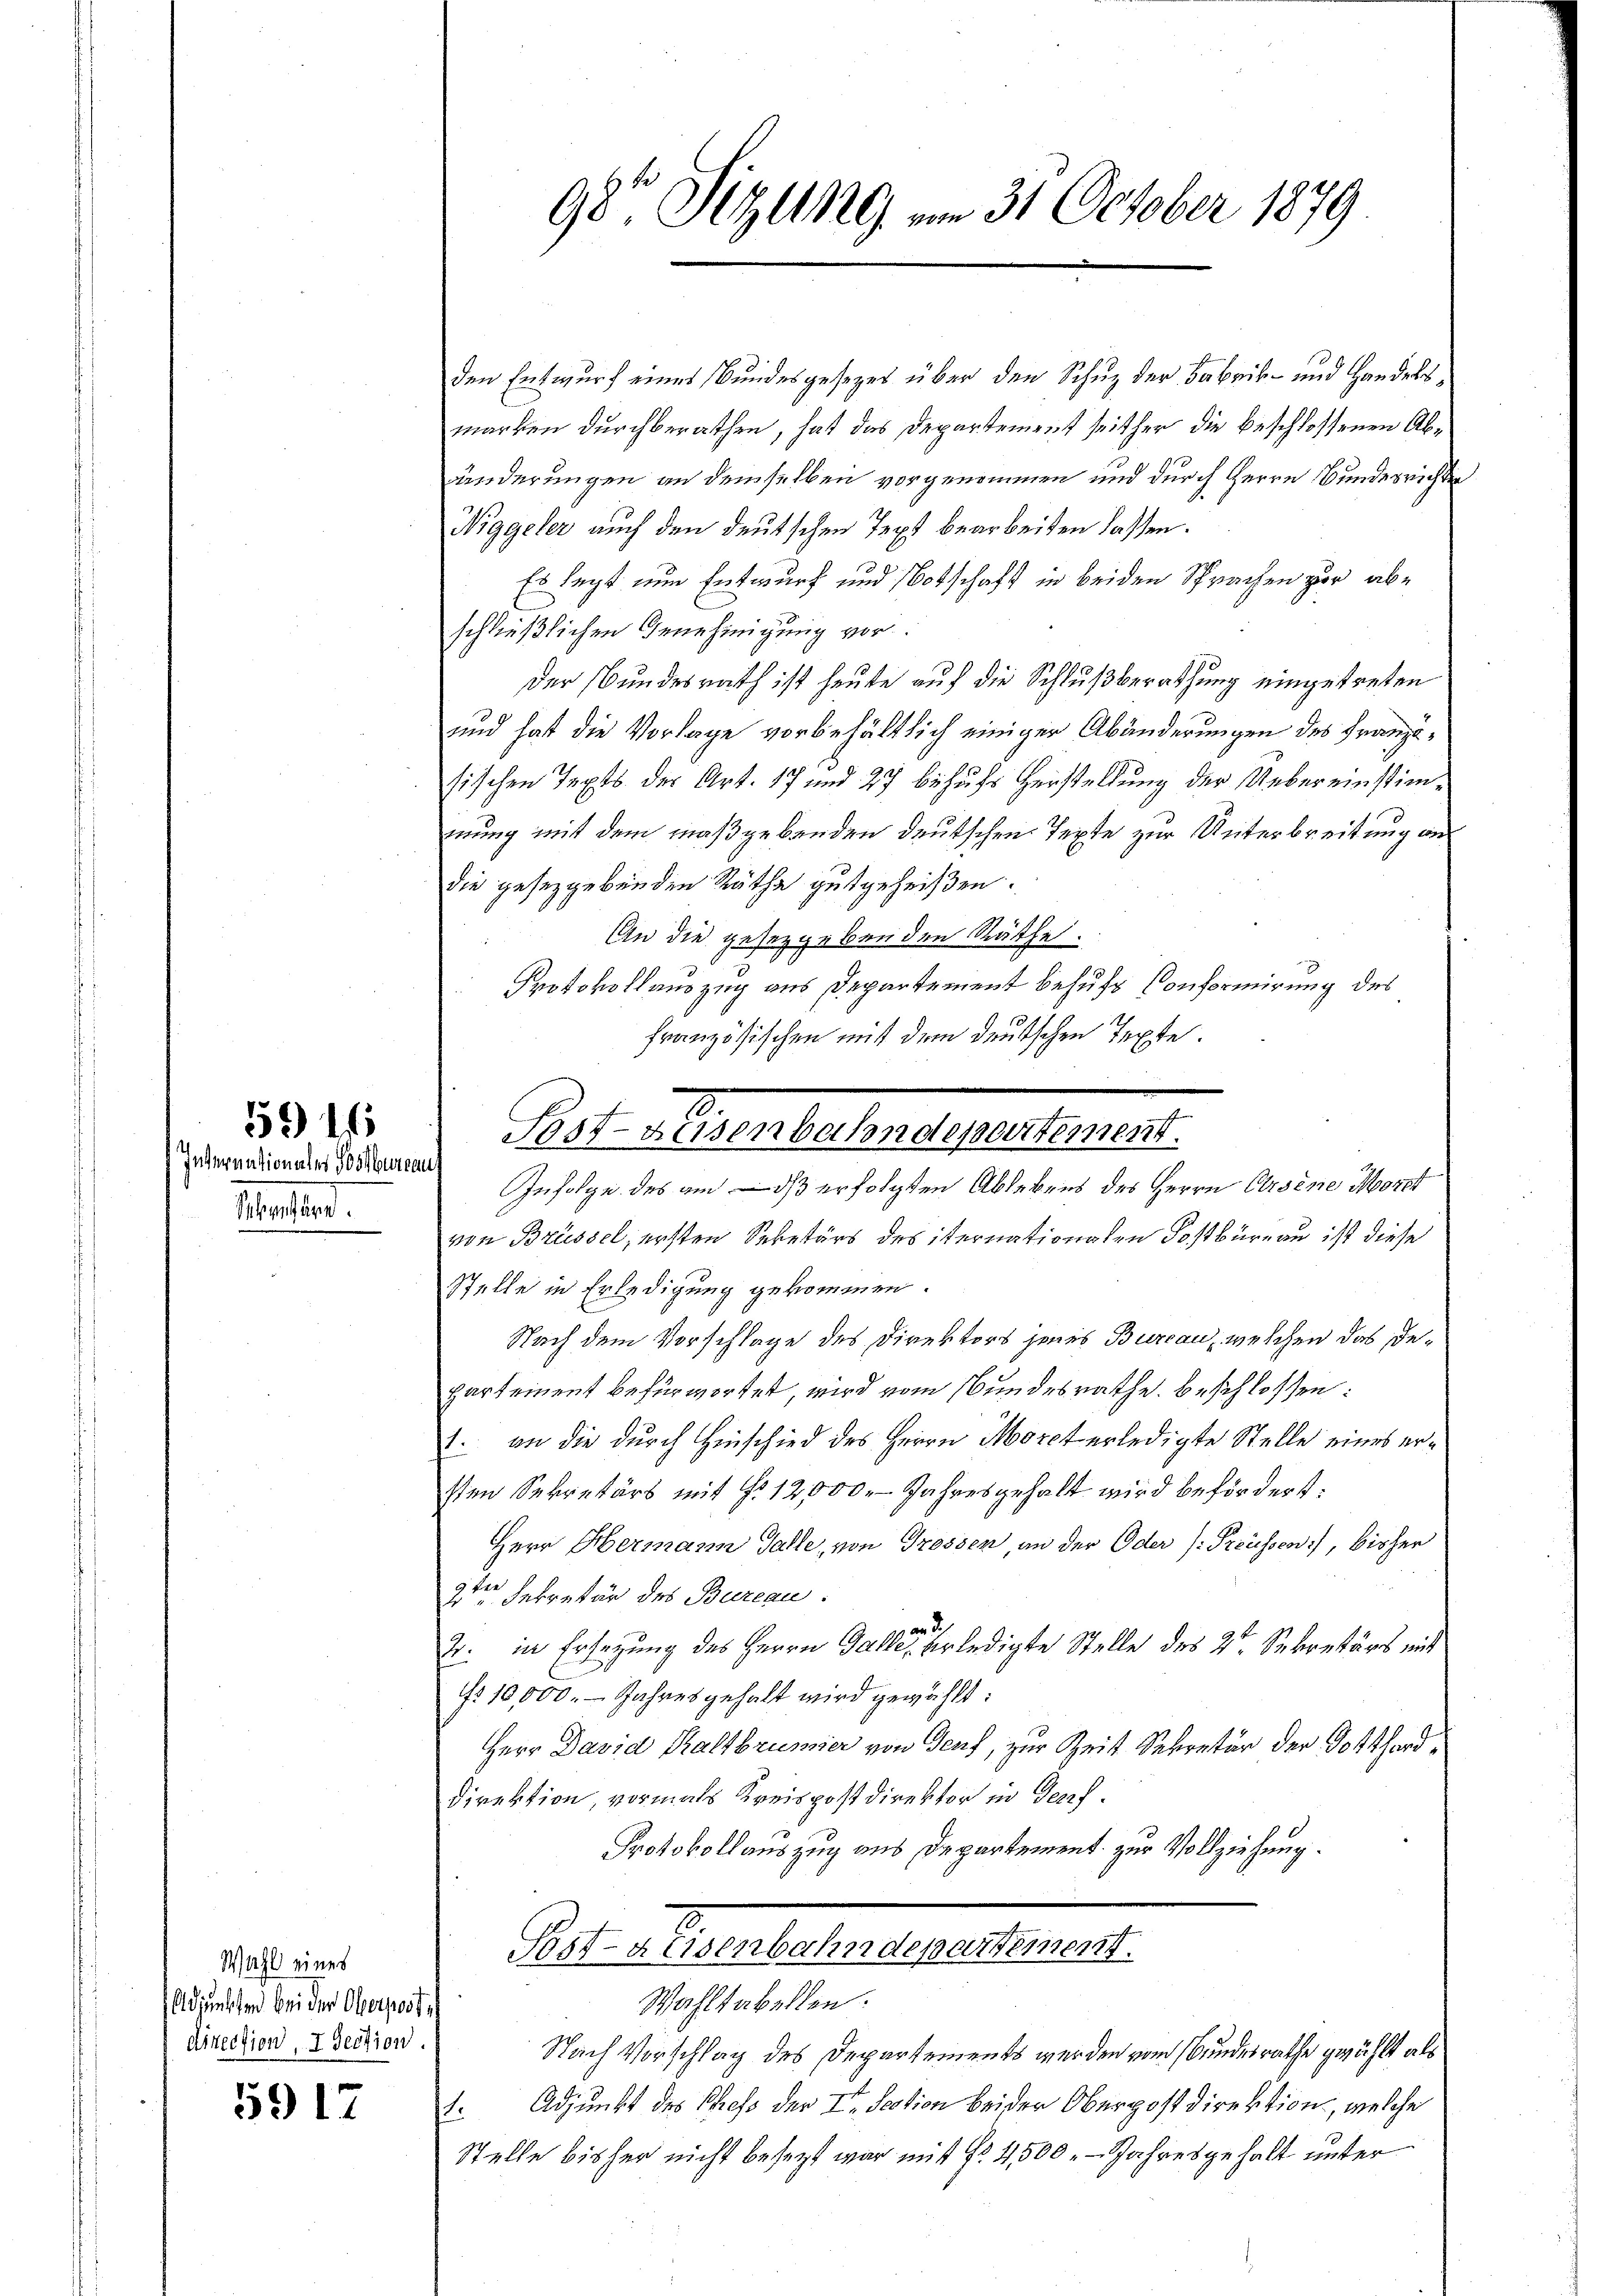
Internationales Postbureaus
Sphenbüre

5916

5917

Wahl eines
Adjunkten bei der Oberpost
direction, 7 Section

den Entwurf eines Bundesgesezes über den Schuz der Fabrik- und Handelsmarken durchberathen, hat das Departement seither die beschlossenen Abänderungen an demselben vorgenommen und durch Herrn Bundesrichten
Niggeler auch den deutschen Text bearbeiten lassen.
Es legt nun Entwurf und Botschaft in beiden Sprachen zur abschließlichen Genehmigung vor.
Der Bundesrath ist heute auf die Schlußberathung eingetreten
und hat die Vorlage vorbehältlich einiger Abänderungen des Französischen Tepts der Art. 17 und 27 behufs Herstellung der Uebereinstimmung mit dem maßgebenden deutschen Texte zur Unterbreitung an
die gesetzgebenden Räthe gutgeheißen.
An die gesetzgebenden Räthe:
Protokollauszug aus Departement behufs Conformirung des
französischen mit dem deutschen Texte.
Infolge des am ds erfolgten Ablebens des Herrn Arsene Morst
von Brüssel, ersten Sebetärs des iternationalen Postbüreau ist diese
Stelle in Erledigung gekommen.
Nach dem Vorschlage des Direktors jenes Burcau, welchen das Departement befürwortet, wird vom Bundesrathe Beschlossen:
1. an die durch Hinschied des Herrn Morct erledigte Stelle eines ersten Sekretärs mit § 12,000. Jahresgehalt wird befördert.
Herr Hermann Galle, von Grossen, an der Oder (Preüssen, bisher
2ten Sekretär des Bureau.
and
2. in Ersetzung des Herrn Galle, erledigte Stelle des 2ten Sekretärs mit
fs 10,000. - Jahres gehalt wird gewählt:
Herr David Kaltbrunner von Genf, zur Zeit Sekretär der Gotthard¬
Direktion, vormals Kreispostdirektor in Genf.
Protokollauszug aus Departement zur Vollziehung.
Sost-Auisenbahndepartement.

98te Sitzung am 31. October 1879

Post-Keisenbahndepartement.

Wahltabellen.
Nach Vorschlag des Departements werden vom Bundesrathe gezählt als
Adjunkt des Chefs der I. Section beider Oberpostdirektion, welche
.
Stelle bisher nicht besezt war mit No 4,500. - Jahresgehalt unter